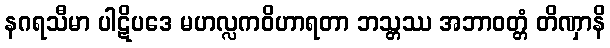
နဂရသီမာ ပါဋိပဒေ မဟလ္လကဝိဟာရတာ ဘသ္တဿ အဘာဝတ္တံ တိဏှာနိ